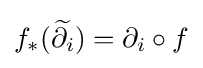
f_{*}({\widetilde {\partial _{i}}})=\partial _{i}\circ f